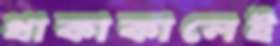
থাকাকালেই